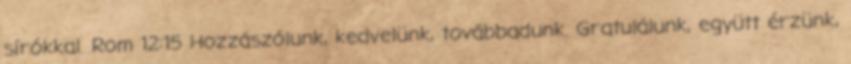
sírókkal. Rom 12:15 Hozzászólunk, kedvelünk, továbbadunk. Gratulálunk, együtt érzünk,